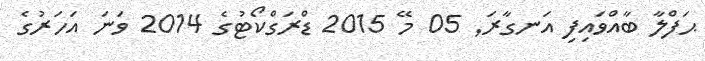
ޙަފްލާ ބާއްވައިފި އަނގާރަ